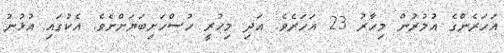
އަހަރެންގެ އުމުރުން މިހާރު 23 އަހަރެވެ. އަދި މިހުރީ ހުސްހަށިބަޔަށްށެވެ. އެކުގައި އުޅުނު